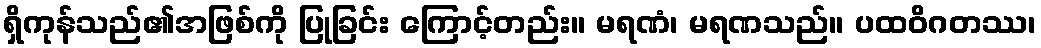
ရှိကုန်သည်၏အဖြစ်ကို ပြုခြင်း ကြောင့်တည်း။ မရဏံ၊ မရဏသည်။ ပထဝိဂတဿ၊